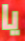
يا